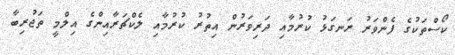
ކޯސްތަކުގެ ފެންވަރު ރަނގަޅު ކުރުމާއި ދަރިވަރުން އިތުރު ކުރުމާއި ލެކްޗަރާއިންގެ އިލްމީ ތަޖުރިބާ